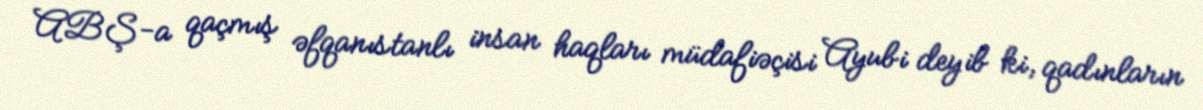
ABŞ-a qaçmış əfqanıstanlı insan haqları müdafiəçisi Ayubi deyib ki, qadınların